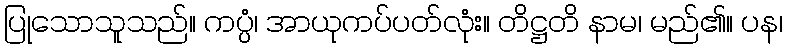
ပြုသောသူသည်။ ကပ္ပံ၊ အာယုကပ်ပတ်လုံး။ တိဋ္ဌတိ နာမ၊ မည်၏။ ပန၊